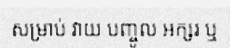
សម្រាប់ វាយ បញ្ចូល អក្សរ ឬ